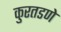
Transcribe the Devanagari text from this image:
कुरतडणे